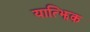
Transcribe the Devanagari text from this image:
यात्झिक